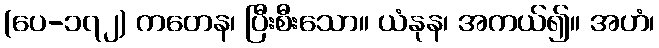
(ပေ-၁၇၂) ကတေန၊ ပြီးစီးသော။ ယံနုန၊ အကယ်၍။ အဟံ၊